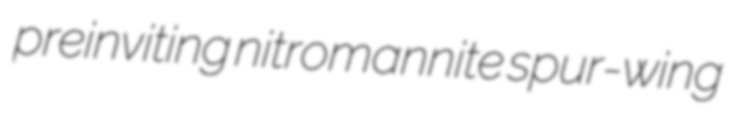
preinviting nitromannite spur-wing